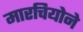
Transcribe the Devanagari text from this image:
मारचियोने